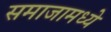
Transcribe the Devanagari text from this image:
समाजामध्‍ये